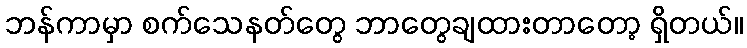
ဘန်ကာမှာ စက်သေနတ်တွေ ဘာတွေချထားတာတော့ ရှိတယ်။